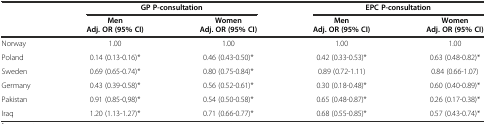
<table><thead><tr><td></td><td colspan="2"><b>GP P-consultation</b></td><td colspan="2"><b>EPC P-consultation</b></td></tr><tr><td></td><td><b>Men Adj. OR (95% CI)</b></td><td><b>Women Adj. OR (95% CI)</b></td><td><b>Men Adj. OR (95% CI)</b></td><td><b>Women Adj. OR (95% CI)</b></td></tr></thead><tbody><tr><td>Norway</td><td>1.00</td><td>1.00</td><td>1.00</td><td>1.00</td></tr><tr><td>Poland</td><td>0.14 (0.13-0.16)*</td><td>0.46 (0.43-0.50)*</td><td>0.42 (0.33-0.53)*</td><td>0.63 (0.48-0.82)*</td></tr><tr><td>Sweden</td><td>0.69 (0.65-0.74)*</td><td>0.80 (0.75-0.84)*</td><td>0.89 (0.72-1.11)</td><td>0.84 (0.66-1.07)</td></tr><tr><td>Germany</td><td>0.43 (0.39-0.58)*</td><td>0.56 (0.52-0.61)*</td><td>0.30 (0.18-0.48)*</td><td>0.60 (0.40-0.89)*</td></tr><tr><td>Pakistan</td><td>0.91 (0.85-0,98)*</td><td>0.54 (0.50-0.58)*</td><td>0.65 (0.48-0.87)*</td><td>0.26 (0.17-0.38)*</td></tr><tr><td>Iraq</td><td>1.20 (1.13-1.27)*</td><td>0.71 (0.66-0.77)*</td><td>0.68 (0.55-0.85)*</td><td>0.57 (0.43-0.74)*</td></tr></tbody></table>